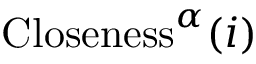
\mathrm { { C l o s e n e s s } } ^ { \alpha } ( i )